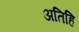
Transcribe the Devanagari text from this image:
अतिहि